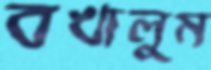
বখালুম